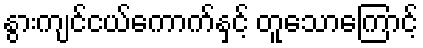
နွားကျင်ငယ်ကောက်နှင့် တူသောကြောင့်